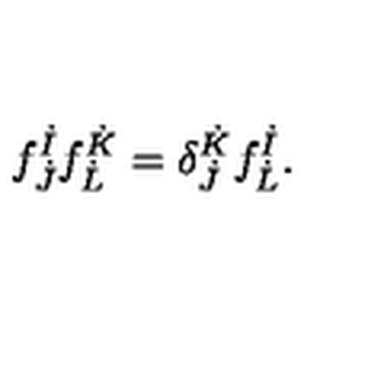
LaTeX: f _ { \dot { J } } ^ { \dot { I } } f _ { \dot { L } } ^ { \dot { K } } = \delta _ { \dot { J } } ^ { \dot { K } } f _ { \dot { L } } ^ { \dot { I } } .